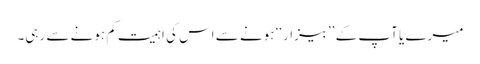
میرے یا آپ کے ’’بیزار‘‘ ہونے سے اس کی اہمیت کم ہونے سے رہی۔